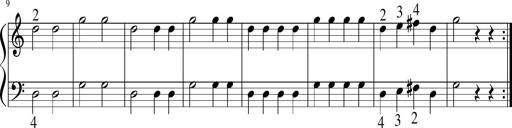
Title: 6 Instructive Sonatinas
Composer: Jacob Schmitt